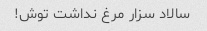
سالاد سزار مرغ نداشت توش!